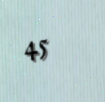
45